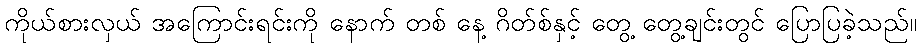
ကိုယ်စားလှယ် အကြောင်းရင်းကို နောက် တစ် နေ့ ဂိတ်စ်နှင့် တွေ့ တွေ့ချင်းတွင် ပြောပြခဲ့သည်။